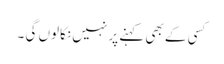
کسی کے بھی کہنے پر نہیں نکالوں گی ۔